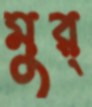
মুর্